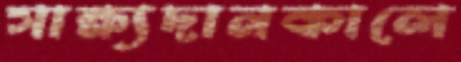
সাক্ষ্যদানকালে